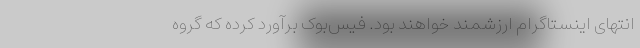
انتهای اینستاگرام ارزشمند خواهند بود. فیس‌بوک برآورد کرده که گروه